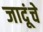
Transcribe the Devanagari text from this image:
जादूंचे